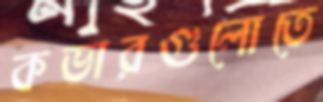
কভারগুলোতে